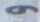
و